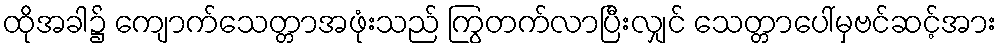
ထိုအခါ၌ ကျောက်သေတ္တာအဖုံးသည် ကြွတက်လာပြီးလျှင် သေတ္တာပေါ်မှဗင်ဆင့်အား